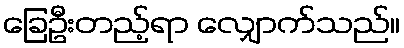
ခြေဦးတည့်ရာ လျှောက်သည်။